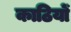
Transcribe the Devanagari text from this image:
काठियों